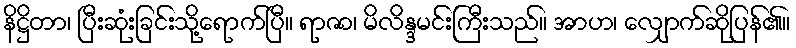
နိဋ္ဌိတာ၊ ပြီးဆုံးခြင်းသို့ရောက်ပြီ။ ရာဇာ၊ မိလိန္ဒမင်းကြီးသည်။ အာဟ၊ လျှောက်ဆိုပြန်၏။